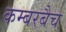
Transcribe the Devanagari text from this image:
कम्बरबैच